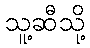
သူ့ဆီသို့